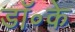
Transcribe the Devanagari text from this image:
डॉ॰के